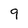
Character: 9